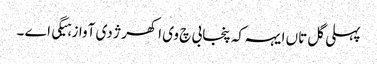
پہلی گل تاں ایہہ کہ پنجابی چ وی اکھر ژ دی آواز ہیگی اے ۔